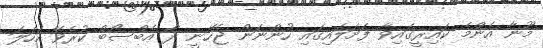
މޫނާ އެންމެ ކައިރީގައިވާ ފަށަލައިގައި ހުންނަން ޖެހޭނީ ދާ އެބްސޯބް ކުރެވޭ ކަހަލަ